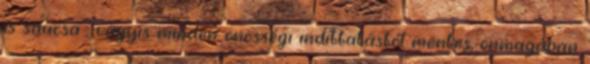
is saucsa , vagyis minden önösségi indíttatástól mentes, önmagában